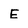
Character: E